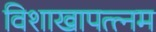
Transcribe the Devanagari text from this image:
विशाखापत्त्नम